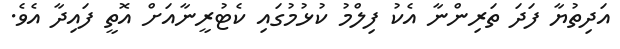
އަދިތުޔާ ފަދަ ތަރިންނާ އެކު ފިލްމު ކުޅުމުގައި ކެޓުރީނާއަށް އޮތީ ފައިދާ އެވެ.